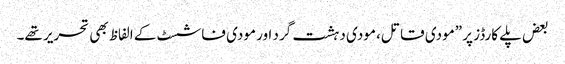
بعض پلے کارڈز پر ”مودی قاتل، مودی دہشت گرد اور مودی فاشسٹ کے الفاظ بھی تحریر تھے۔